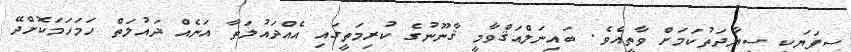
ސިފަޔަކީ ސިޔާދަތުކަމަށް ވާތީއެވެ. ބައިނަލްއަޤްވާމީ ޤާނޫނުގެ ކުރިމަތީގައި އެއްދައުލަތާ އަނެއް ދައުލަތް ހަމަހަމަކޮށްދޭ